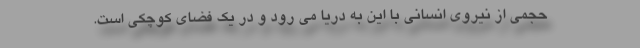
حجمی از نیروی انسانی با این به دریا می رود و در یک فضای کوچکی است.